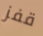
قفز